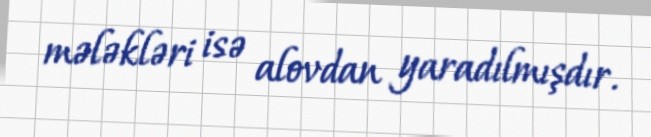
mələkləri isə alovdan yaradılmışdır.